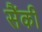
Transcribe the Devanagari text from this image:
सैंकी